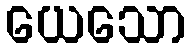
ယေသော